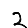
Digit: 2